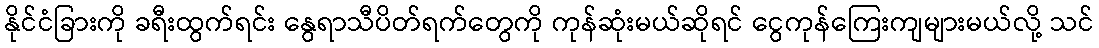
နိုင်ငံခြားကို ခရီးထွက်ရင်း နွေရာသီပိတ်ရက်တွေကို ကုန်ဆုံးမယ်ဆိုရင် ငွေကုန်ကြေးကျများမယ်လို့ သင်